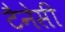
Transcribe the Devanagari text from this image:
टैनेसी